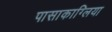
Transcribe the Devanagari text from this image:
पासाकाग्लिया